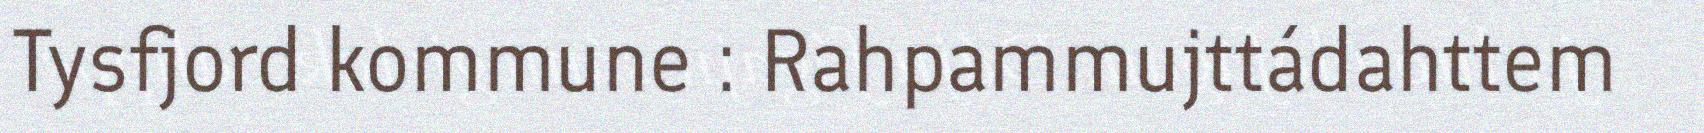
Tysfjord kommune : Rahpammujttádahttem